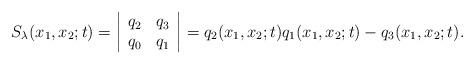
LaTeX: \begin{align*}S_{\lambda}(x_1,x_2;t)=\left|\begin{array}{cc}q_2 & q_3\\q_0 & q_1\end{array}\right|=q_2(x_1,x_2;t)q_1(x_1,x_2;t)-q_3(x_1,x_2;t).\end{align*}